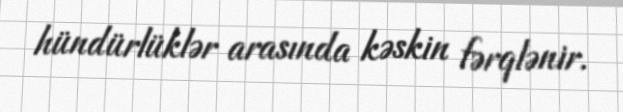
hündürlüklər arasında kəskin fərqlənir.